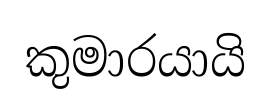
කුමාරයායි